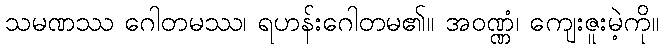
သမဏဿ ဂေါတမဿ၊ ရဟန်းဂေါတမ၏။ အဝဏ္ဏံ၊ ကျေးဇူးမဲ့ကို။